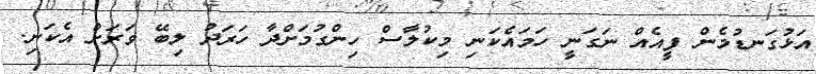
އަޅުގަނޑުމެން ފީއެއް ނަގަނީ ހަމައެކަނި މިކުލާސް ހިންގުމަށްދާ ހަރަދު ލިބޭ ވަަރަށް އެކަނި.